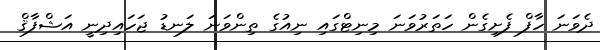
ދެވަނަ ހާފް ފެށިގެން ހަތަރުވަނަ މިނިޓްގައި ނިއުގެ ތިންވަނަ ލަނޑު ޖަހައިދިނީ އަޝްފާޤް